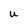
Character: u